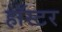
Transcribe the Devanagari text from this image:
हॉस्टर